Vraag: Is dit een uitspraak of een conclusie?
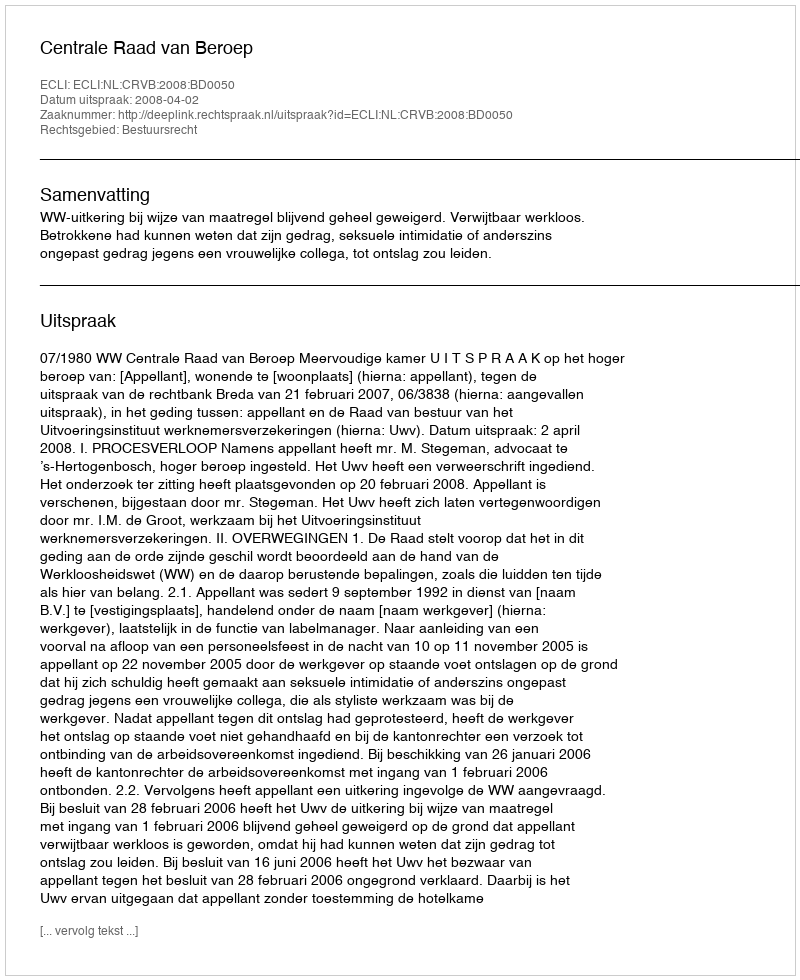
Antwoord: Uitspraak